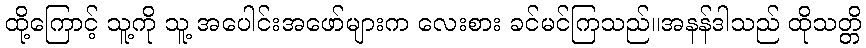
ထို့ကြောင့် သူ့ကို သူ့ အပေါင်းအဖော်များက လေးစား ခင်မင်ကြသည်။အနန်ဒါသည် ထိုသတ္တိ